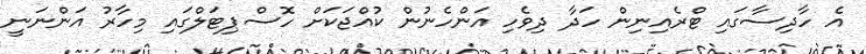
އެ ހާދިސާގައި ޓްރެއިނިން ހަދާ ދިވެހި އަންހެނުން ކުއްޖަކަށް ހޮސްޕިޓަލްގައި މިހާރު އަންނަނީ